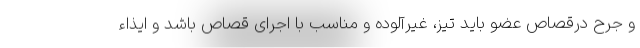
و جرح درقصاص عضو باید تیز، غیرآلوده و مناسب با اجرای قصاص باشد و ایذاء